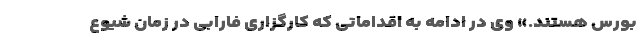
بورس هستند.» وی در ادامه به اقداماتی که کارگزاری فارابی در زمان شیوع